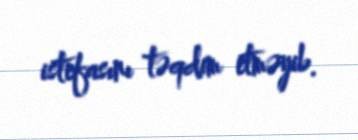
istefasını təqdim etməyib.